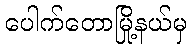
ပေါက်တောမြို့နယ်မှ